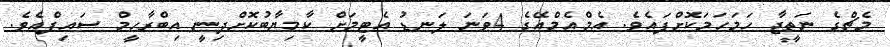
މެޗްގެ ނަތީޖާ ހަމަހަމަކޮށްފައެވެ. އެމްއެމްއޭގެ 4ވަނަ ލަނޑު އެޓީމަށް ކާމިޔާބުކޮށްދިނީ އިބްރާހީމް ސައިފްއެވެ.